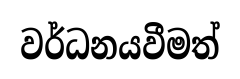
වර්ධනයවීමත්